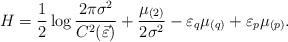
LaTeX: \begin{align*}H=\frac{1}{2} \log \frac{2 \pi \sigma^{2}}{C^{2}(\vec{\varepsilon})}+\frac{ \mu_{(2)}}{2\sigma^{2}} - \varepsilon_{q} \mu_{(q)}+\varepsilon_{p} \mu_{(p)}. \end{align*}